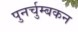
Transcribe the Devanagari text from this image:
पुनर्चुम्बकन